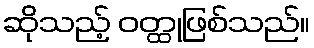
ဆိုသည့် ဝတ္ထုဖြစ်သည်။